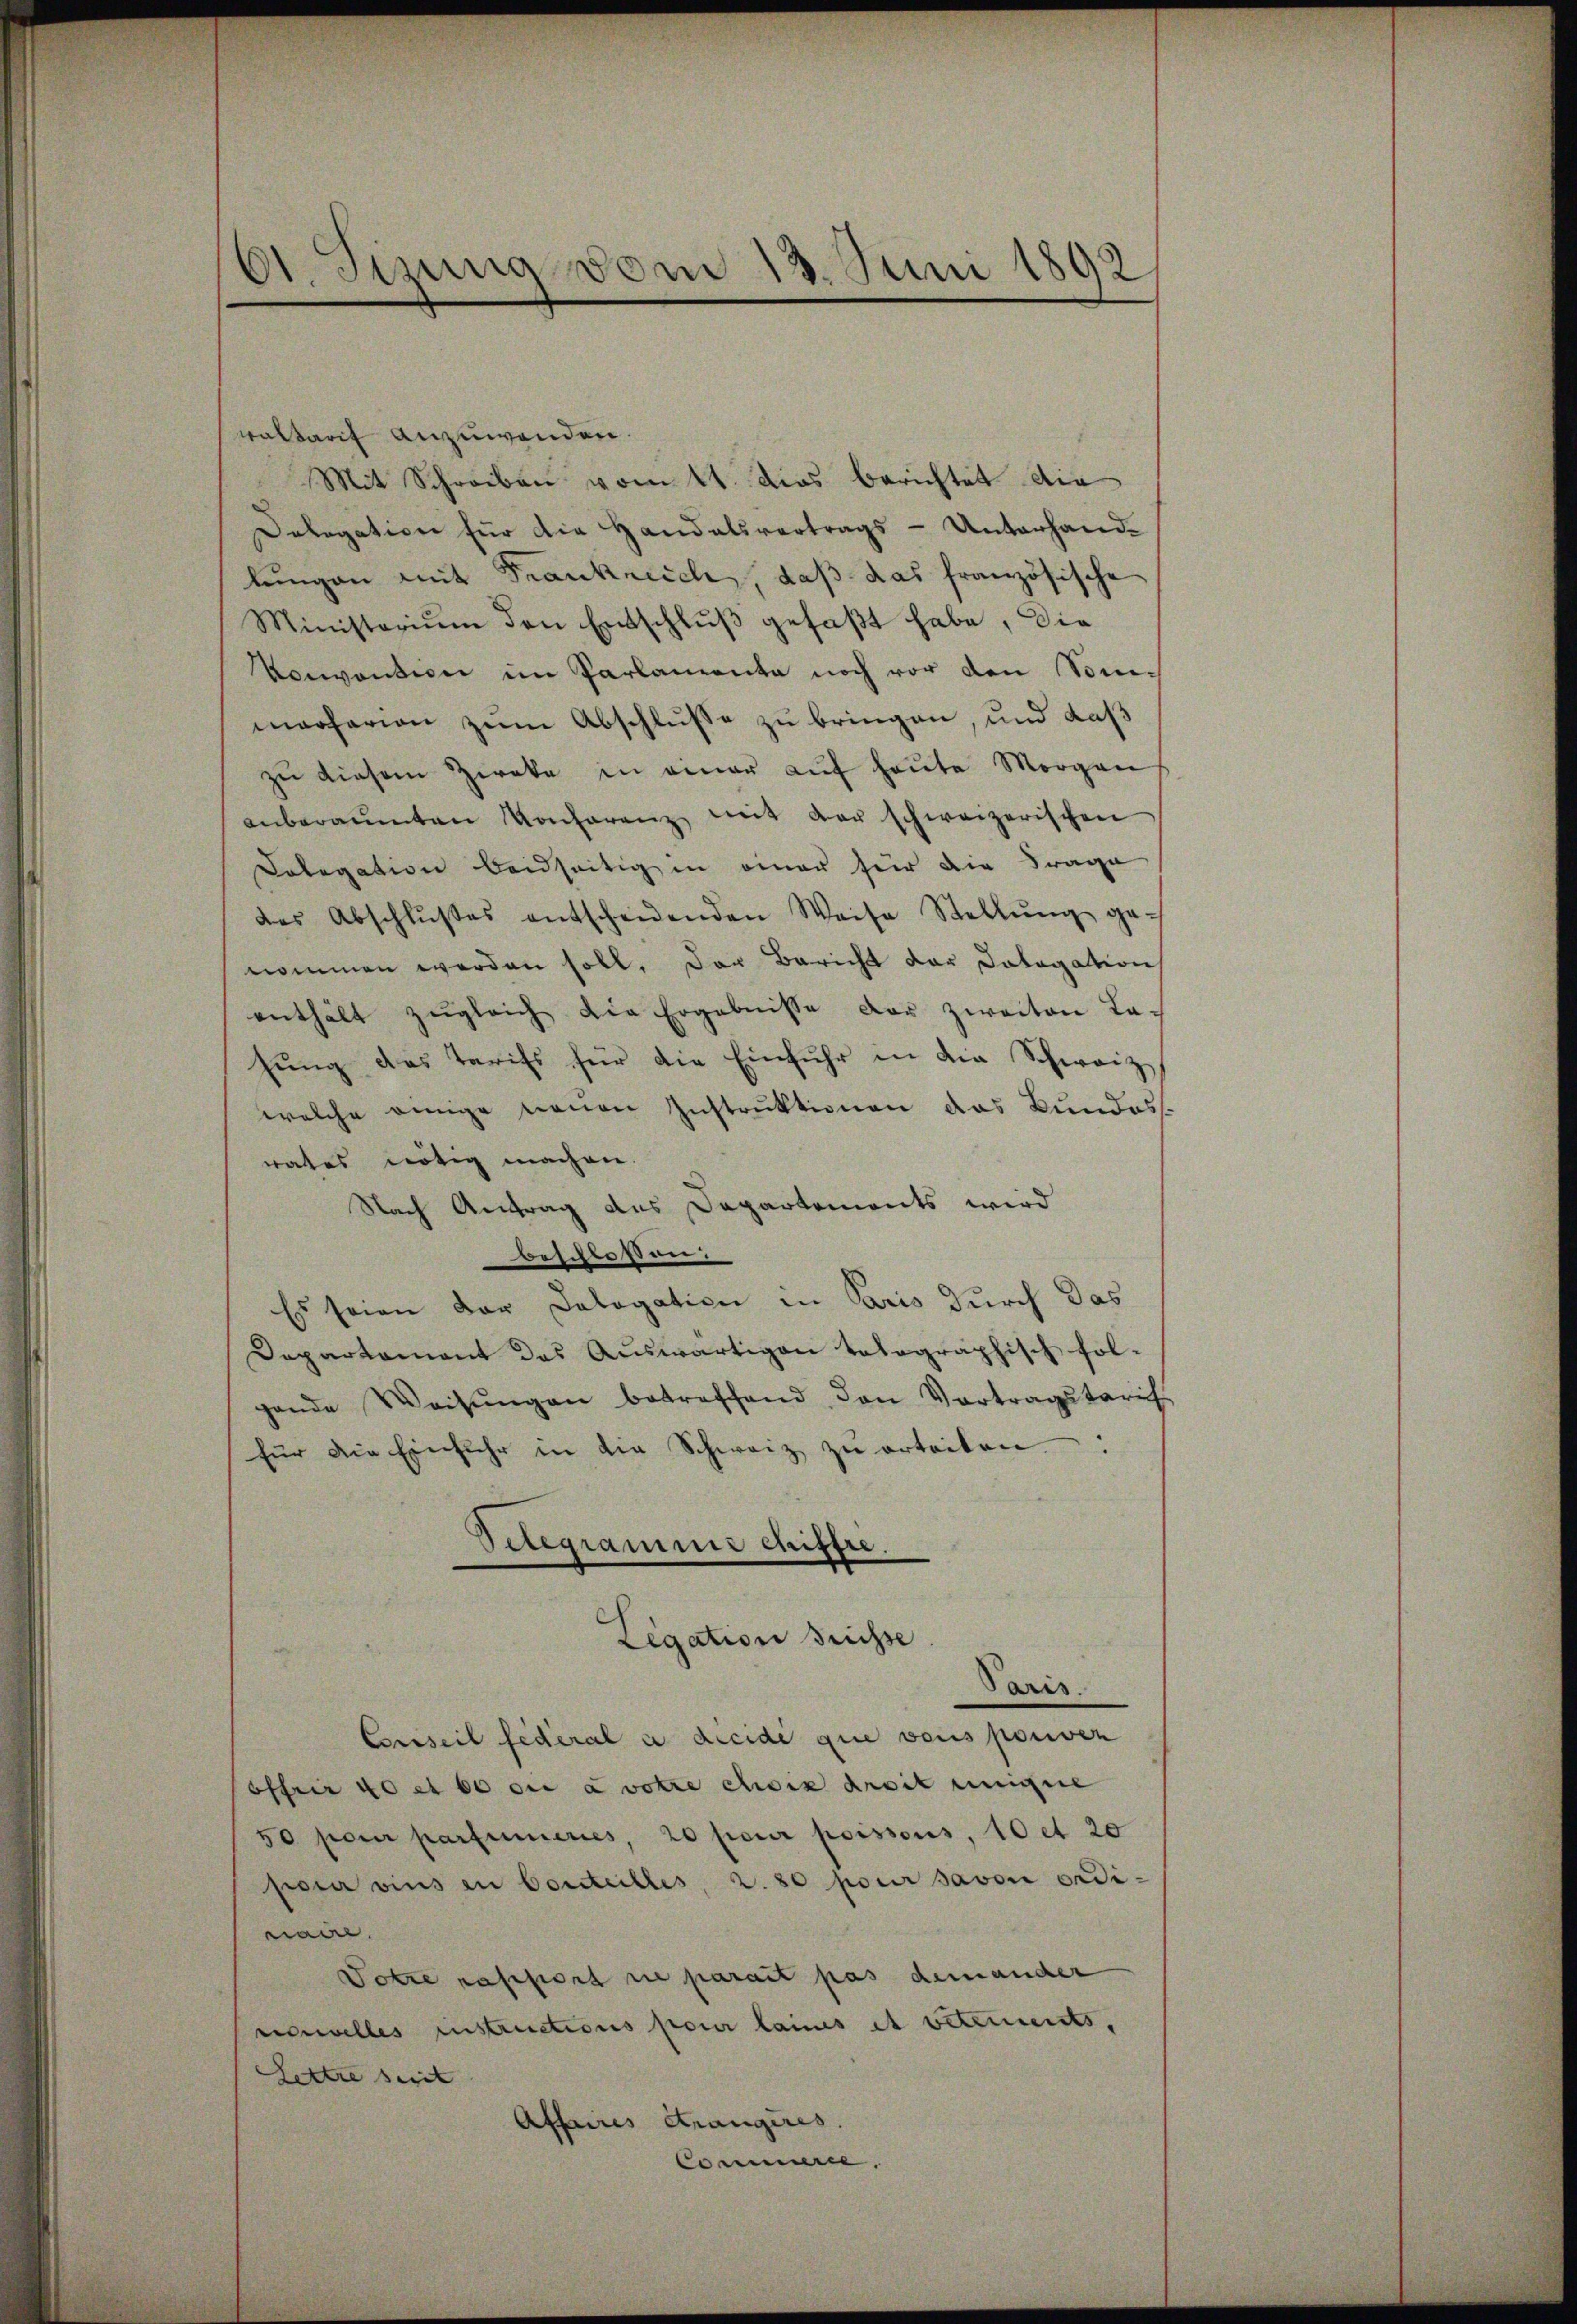
61. Sizung vom 13. Juni 1892

valtarif anzuwenden.
Mit Schreiben vom 11. dies berichtet die
Dakogation für die Handalsvertrags - Unterhand-
lungen mit Frankreich, daß das französische
Ministerium den Entschluß gefaßt habe, die
Vonvention im Parlamenta noch vor den Kommarharion zum Abschlusse zu bringen, und daß
zu diesem Zircke in einer auf heute Morgen
anberaumten Konferenz mit der schweizerischen
Colegation beidseitig in einer für die Frage
des Abschlŭsses entscheidenden Weise Stellŭng ge-
nommen werden soll. Der Bericht der Datogation
enthält zŭgleich die Ergebnisse der zweiten La-
hung das Tarifs für die Einfuhr in die Schweiz
welche einige neuen Instruktionen das Bundes-
rates nötig machen.
Nach Antrag des Dapartements wird
beschlossen:
Es seien der Dalogation in Paris durch das
Departament das Auswärtigen telegraphisch folgende Weisŭngen betreffend den Vortragstarif
für die Einfuhr in die Schweiz zŭ orteilen:
Telegramme chiffe.
e
Legation Brüsse
Paris.
Conseil federal a decide que vous pouver
offrir post bon avotre choix droit eine
50 parer parfameries, 20 pour poissous, 10 et 20
poser vins in Conteilles, 2. 30 pour savon ordi-
nail.
Sotre rapport ne parait pas demander
vancelles instructions pour laines et veternents,
Lettre seit |
Affaires Strangires.
Commune.